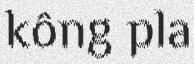
kông pla